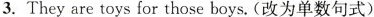
3.They are toys for those boys.(改为单数句式